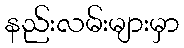
နည်းလမ်းများမှာ